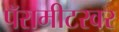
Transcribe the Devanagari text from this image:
पॅरामीटरवर